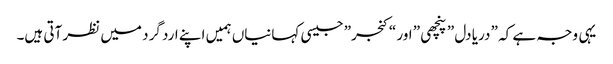
یہی وجہ ہے کہ ” دریا دل ” پنچھی ” اور “کنجر” جیسی کہانیاں ہمیں اپنے ارد گرد میں نظر آتی ہیں۔